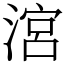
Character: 㴦